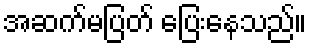
အဆက်မပြတ် ပြေးနေသည်။